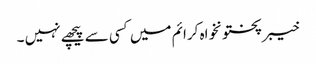
خیبرپختونخواہ کرائم میں کسی سے پیچھے نہیں ۔